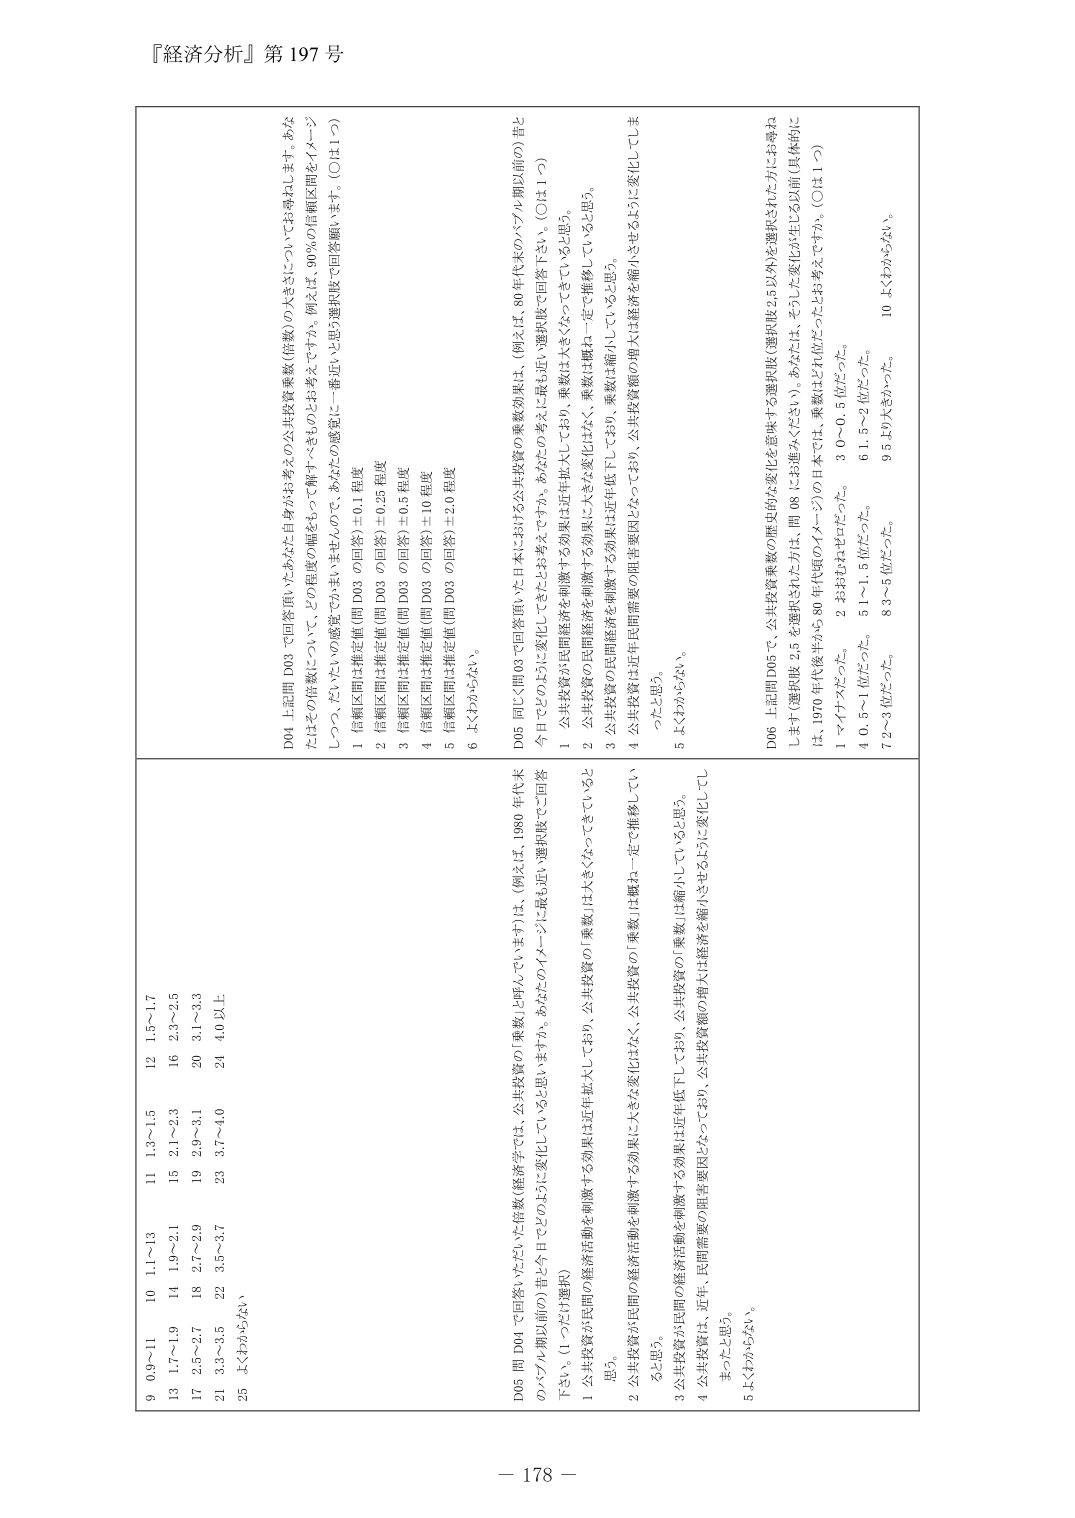
『経済分析』第197号

9 0.9～11 10 1.1～13 11 1.3～1.5 12 1.5～1.7
13 1.7～1.9 14 1.9～2.1 15 2.1～2.3 16 2.3～2.5
17 2.5～2.7 18 2.7～2.9 19 2.9～3.1 20 3.1～3.3
21 3.3～3.5 22 3.5～3.7 23 3.7～4.0 24 4.0以上
25 よくわからない

D04 上記問 D03 で回答頂いたあなた自身がお考えの公共投資乗数（倍数）の大きさについてお尋ねします。あなたはその倍数について、どの程度の幅をもって解釈すべきものとお考えですか。（例えば 90％の信頼区間をイメージしつつ、だいたいどの感覚で）まいまい、またその感覚に一番近いと思う選択肢でご回答願います。（○は1つ）
1 信頼区間は推定値（問 D03 の回答）±0.1 程度
2 信頼区間は推定値（問 D03 の回答）±0.25 程度
3 信頼区間は推定値（問 D03 の回答）±0.5 程度
4 信頼区間は推定値（問 D03 の回答）±10 程度
5 信頼区間は推定値（問 D03 の回答）±2.0 程度
6 よくわからない。

D05 問 D04 で回答いただいた倍数（経済学では、公共投資の「乗数」と呼んでいます）は（例えば 1980 年代末のバブル期以前の）昔と比べて、（1 つだけ選択）
1 公共投資が民間の経済活動を刺激する効果は近年拡大しており、公共投資の「乗数」は大きくなっていると思う。
2 公共投資が民間の経済活動を刺激する効果は大きな変化はなく、公共投資の「乗数」は概ね一定で推移していると思う。
3 公共投資が民間の経済活動を刺激する効果は近年低下しており、公共投資の「乗数」は縮小していると思う。
4 公共投資が、近年、民間需要の阻害要因となっており、公共投資額の増大は経済を縮小させるように変化してしまったと思う。
5 よくわからない。

D05 同じく問 D03 で回答頂いた日本における公共投資の乗数効果は（例えば 80 年代末のバブル期以前の）昔と今日でどのように変化してきたと考えておられますか。あなたのご考えに最も近い選択肢でご回答下さい。（○は1つ）
1 公共投資が民間経済を刺激する効果は近年拡大しており、乗数は大きくなっていると思う。
2 公共投資の民間経済を刺激する効果に大きな変化はなく、乗数は概ね一定で推移していると思う。
3 公共投資の民間経済を刺激する効果は近年低下しており、乗数は縮小していると思う。
4 公共投資は近年民間需要の阻害要因となっており、公共投資額の増大は経済を縮小させるように変化してしまったと思う。
5 よくわからない。

D06 上記問 D05 で、公共投資乗数の歴史的な変化を意味する選択肢（選択肢2.5 以外）を選択された方にお尋ねします（選択肢 2.5 を選択された方は、問 06 にお進みください）。あなたは、そのような変化が生じる以前（具体的には、1970 年代後半から 80 年代中のイメージ）の日本では、乗数はどれ位だったとお考えですか。（○は1つ）
1 マイナスだった。
2 おおむねゼロだった。 3 0～0.5 位だった。
4 0.5～1 位だった。 5 1～1.5 位だった。 6 1.5～2 位だった。
7 2～3 位だった。 8 3～5 位だった。 9 5 以上位だった。
10 よくわからない。

－ 178 －